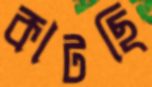
কাটছি